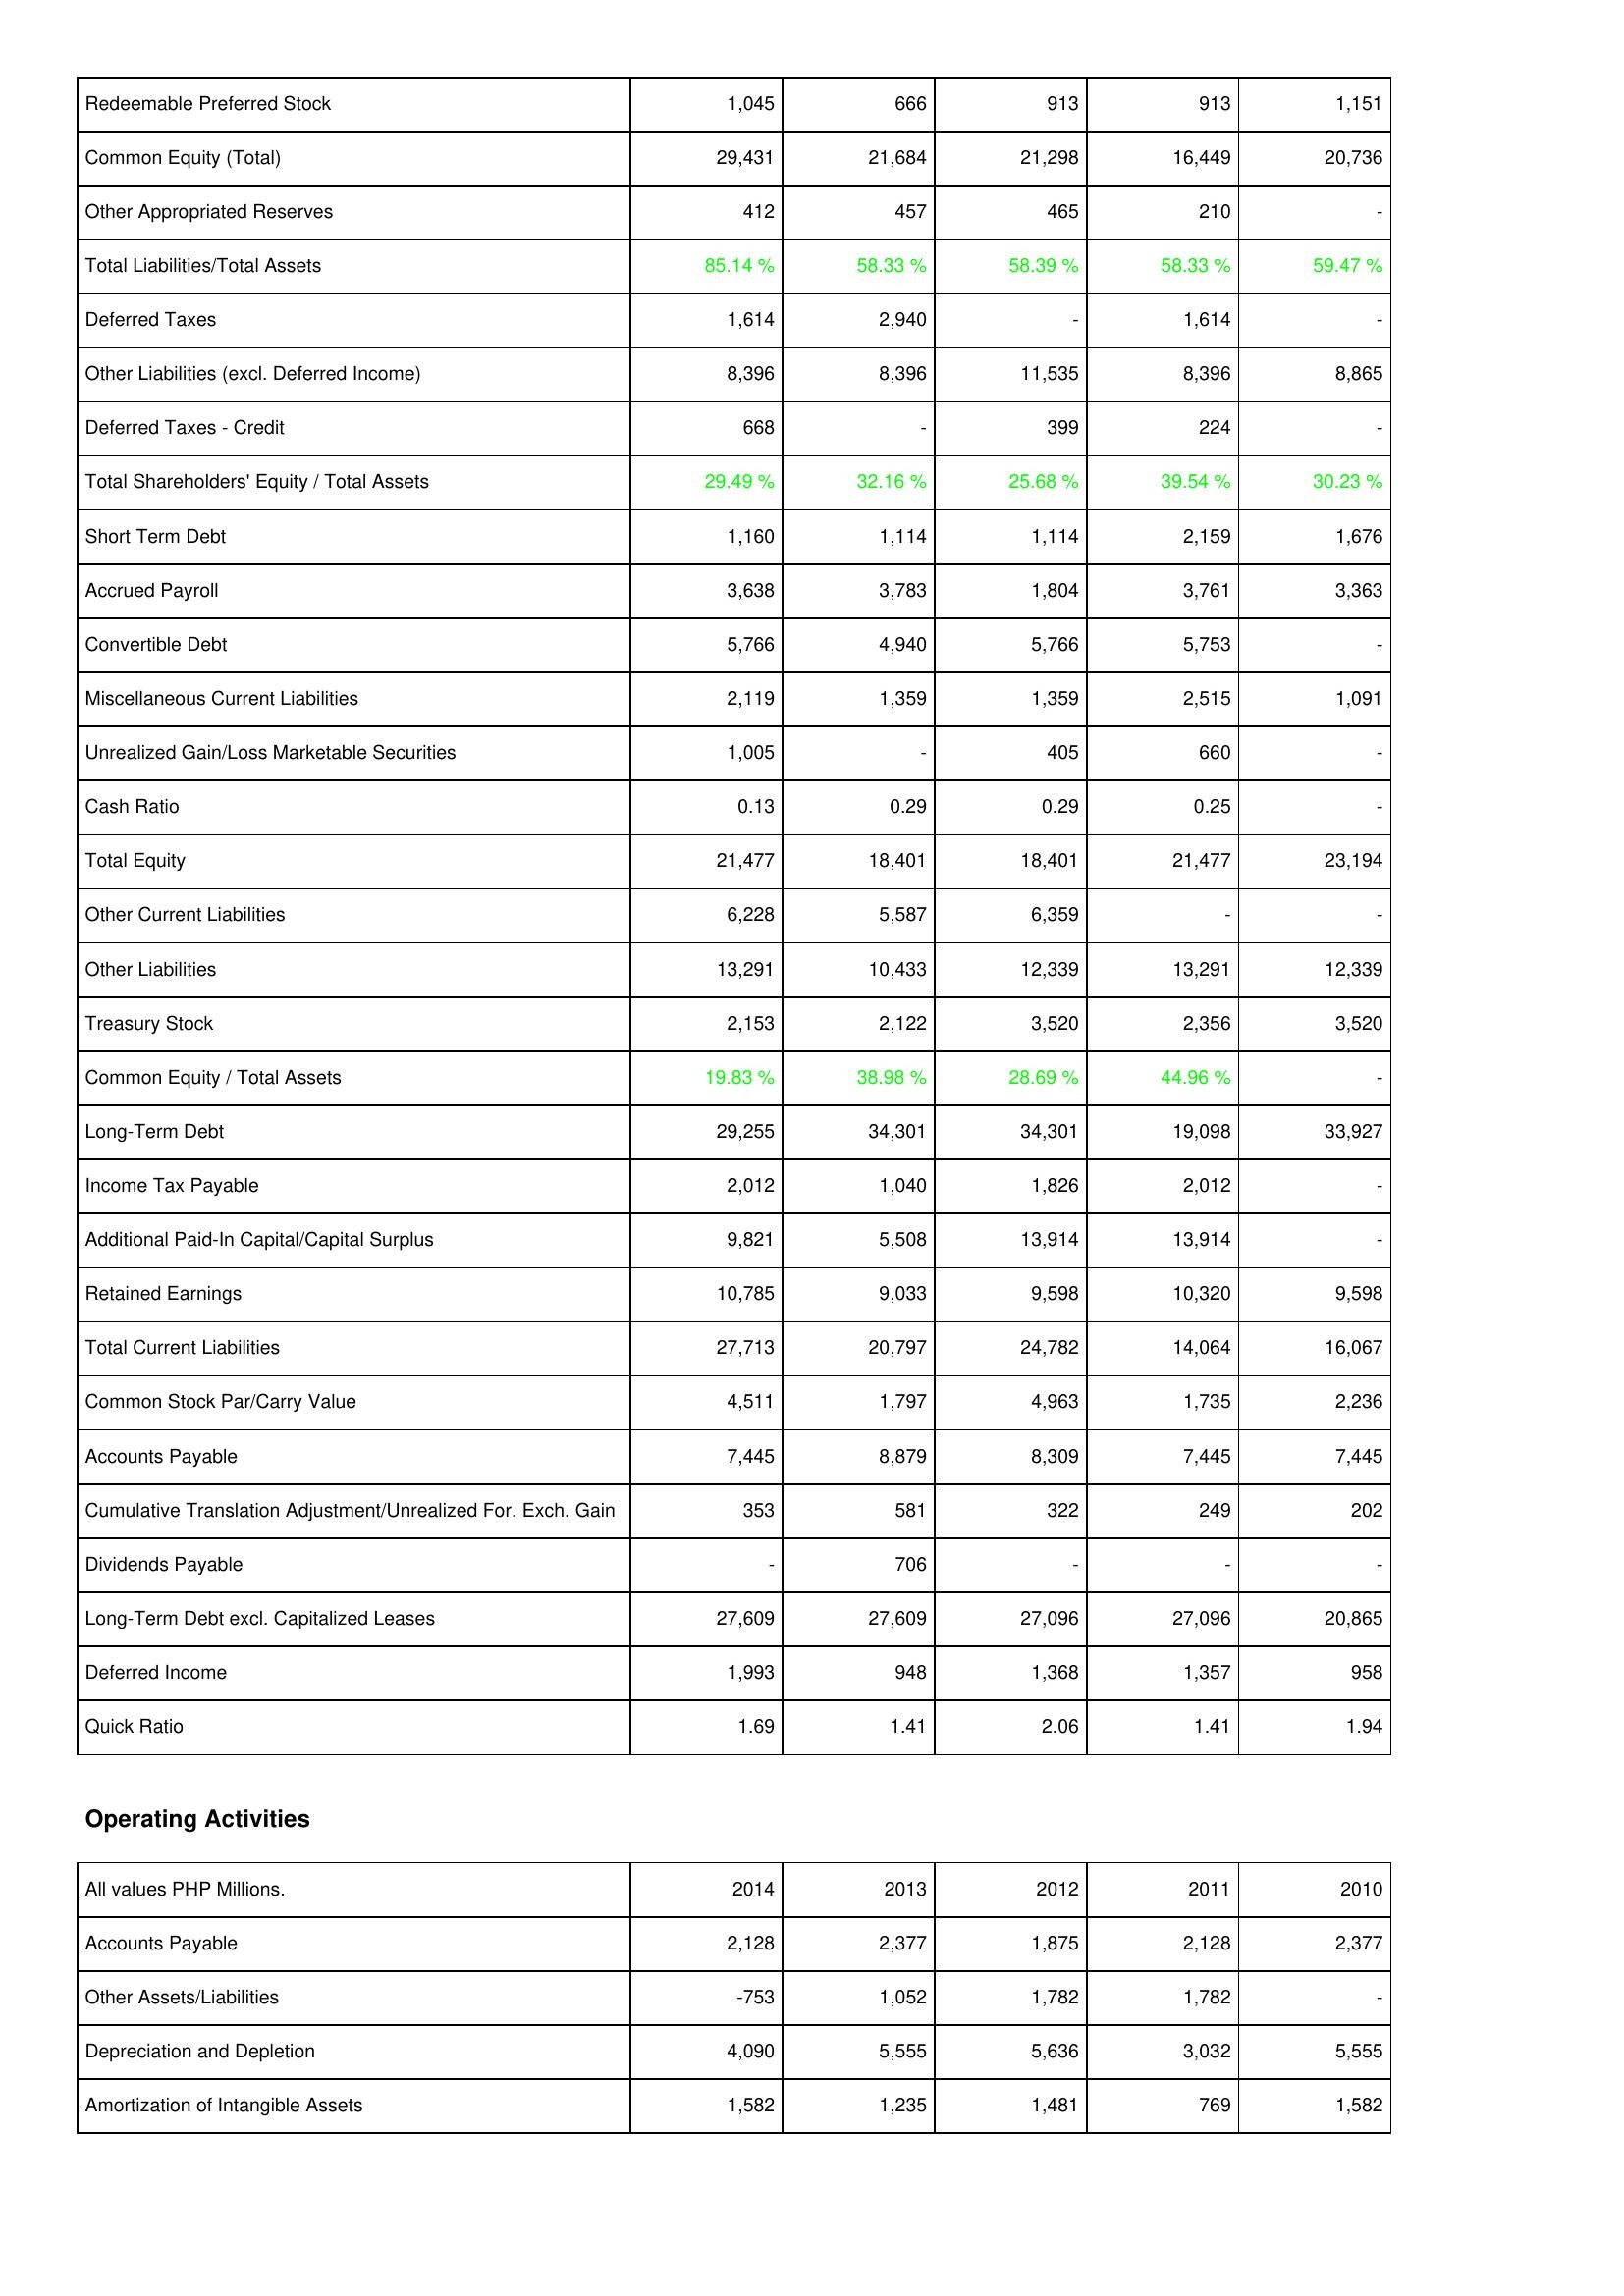
2014: Liabilities & Shareholders' Equity: Redeemable Preferred Stock: 1,045
Common Equity (Total): 29,431
Other Appropriated Reserves: 412
Total Liabilities/Total Assets: 85.14 %
Deferred Taxes: 1,614
Other Liabilities (excl. Deferred Income): 8,396
Deferred Taxes - Credit: 668
Total Shareholders' Equity / Total Assets: 29.49 %
Short Term Debt: 1,160
Accrued Payroll: 3,638
Convertible Debt: 5,766
Miscellaneous Current Liabilities: 2,119
Unrealized Gain/Loss Marketable Securities: 1,005
Cash Ratio: 0.13
Total Equity: 21,477
Other Current Liabilities: 6,228
Other Liabilities: 13,291
Treasury Stock: 2,153
Common Equity / Total Assets: 19.83 %
Long-Term Debt: 29,255
Income Tax Payable: 2,012
Additional Paid-In Capital/Capital Surplus: 9,821
Retained Earnings: 10,785
Total Current Liabilities: 27,713
Common Stock Par/Carry Value: 4,511
Accounts Payable: 7,445
Cumulative Translation Adjustment/Unrealized For. Exch. Gain: 353
Dividends Payable: -
Long-Term Debt excl. Capitalized Leases: 27,609
Deferred Income: 1,993
Quick Ratio: 1.69
Operating Activities: Accounts Payable: 2,128
Other Assets/Liabilities: -753
Depreciation and Depletion: 4,090
Amortization of Intangible Assets: 1,582
2013: Liabilities & Shareholders' Equity: Redeemable Preferred Stock: 666
Common Equity (Total): 21,684
Other Appropriated Reserves: 457
Total Liabilities/Total Assets: 58.33 %
Deferred Taxes: 2,940
Other Liabilities (excl. Deferred Income): 8,396
Deferred Taxes - Credit: -
Total Shareholders' Equity / Total Assets: 32.16 %
Short Term Debt: 1,114
Accrued Payroll: 3,783
Convertible Debt: 4,940
Miscellaneous Current Liabilities: 1,359
Unrealized Gain/Loss Marketable Securities: -
Cash Ratio: 0.29
Total Equity: 18,401
Other Current Liabilities: 5,587
Other Liabilities: 10,433
Treasury Stock: 2,122
Common Equity / Total Assets: 38.98 %
Long-Term Debt: 34,301
Income Tax Payable: 1,040
Additional Paid-In Capital/Capital Surplus: 5,508
Retained Earnings: 9,033
Total Current Liabilities: 20,797
Common Stock Par/Carry Value: 1,797
Accounts Payable: 8,879
Cumulative Translation Adjustment/Unrealized For. Exch. Gain: 581
Dividends Payable: 706
Long-Term Debt excl. Capitalized Leases: 27,609
Deferred Income: 948
Quick Ratio: 1.41
Operating Activities: Accounts Payable: 2,377
Other Assets/Liabilities: 1,052
Depreciation and Depletion: 5,555
Amortization of Intangible Assets: 1,235
2012: Liabilities & Shareholders' Equity: Redeemable Preferred Stock: 913
Common Equity (Total): 21,298
Other Appropriated Reserves: 465
Total Liabilities/Total Assets: 58.39 %
Deferred Taxes: -
Other Liabilities (excl. Deferred Income): 11,535
Deferred Taxes - Credit: 399
Total Shareholders' Equity / Total Assets: 25.68 %
Short Term Debt: 1,114
Accrued Payroll: 1,804
Convertible Debt: 5,766
Miscellaneous Current Liabilities: 1,359
Unrealized Gain/Loss Marketable Securities: 405
Cash Ratio: 0.29
Total Equity: 18,401
Other Current Liabilities: 6,359
Other Liabilities: 12,339
Treasury Stock: 3,520
Common Equity / Total Assets: 28.69 %
Long-Term Debt: 34,301
Income Tax Payable: 1,826
Additional Paid-In Capital/Capital Surplus: 13,914
Retained Earnings: 9,598
Total Current Liabilities: 24,782
Common Stock Par/Carry Value: 4,963
Accounts Payable: 8,309
Cumulative Translation Adjustment/Unrealized For. Exch. Gain: 322
Dividends Payable: -
Long-Term Debt excl. Capitalized Leases: 27,096
Deferred Income: 1,368
Quick Ratio: 2.06
Operating Activities: Accounts Payable: 1,875
Other Assets/Liabilities: 1,782
Depreciation and Depletion: 5,636
Amortization of Intangible Assets: 1,481
2011: Liabilities & Shareholders' Equity: Redeemable Preferred Stock: 913
Common Equity (Total): 16,449
Other Appropriated Reserves: 210
Total Liabilities/Total Assets: 58.33 %
Deferred Taxes: 1,614
Other Liabilities (excl. Deferred Income): 8,396
Deferred Taxes - Credit: 224
Total Shareholders' Equity / Total Assets: 39.54 %
Short Term Debt: 2,159
Accrued Payroll: 3,761
Convertible Debt: 5,753
Miscellaneous Current Liabilities: 2,515
Unrealized Gain/Loss Marketable Securities: 660
Cash Ratio: 0.25
Total Equity: 21,477
Other Current Liabilities: -
Other Liabilities: 13,291
Treasury Stock: 2,356
Common Equity / Total Assets: 44.96 %
Long-Term Debt: 19,098
Income Tax Payable: 2,012
Additional Paid-In Capital/Capital Surplus: 13,914
Retained Earnings: 10,320
Total Current Liabilities: 14,064
Common Stock Par/Carry Value: 1,735
Accounts Payable: 7,445
Cumulative Translation Adjustment/Unrealized For. Exch. Gain: 249
Dividends Payable: -
Long-Term Debt excl. Capitalized Leases: 27,096
Deferred Income: 1,357
Quick Ratio: 1.41
Operating Activities: Accounts Payable: 2,128
Other Assets/Liabilities: 1,782
Depreciation and Depletion: 3,032
Amortization of Intangible Assets: 769
2010: Liabilities & Shareholders' Equity: Redeemable Preferred Stock: 1,151
Common Equity (Total): 20,736
Other Appropriated Reserves: -
Total Liabilities/Total Assets: 59.47 %
Deferred Taxes: -
Other Liabilities (excl. Deferred Income): 8,865
Deferred Taxes - Credit: -
Total Shareholders' Equity / Total Assets: 30.23 %
Short Term Debt: 1,676
Accrued Payroll: 3,363
Convertible Debt: -
Miscellaneous Current Liabilities: 1,091
Unrealized Gain/Loss Marketable Securities: -
Cash Ratio: -
Total Equity: 23,194
Other Current Liabilities: -
Other Liabilities: 12,339
Treasury Stock: 3,520
Common Equity / Total Assets: -
Long-Term Debt: 33,927
Income Tax Payable: -
Additional Paid-In Capital/Capital Surplus: -
Retained Earnings: 9,598
Total Current Liabilities: 16,067
Common Stock Par/Carry Value: 2,236
Accounts Payable: 7,445
Cumulative Translation Adjustment/Unrealized For. Exch. Gain: 202
Dividends Payable: -
Long-Term Debt excl. Capitalized Leases: 20,865
Deferred Income: 958
Quick Ratio: 1.94
Operating Activities: Accounts Payable: 2,377
Other Assets/Liabilities: -
Depreciation and Depletion: 5,555
Amortization of Intangible Assets: 1,582